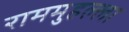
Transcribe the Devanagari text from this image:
राममुहल्ला